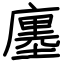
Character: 廛